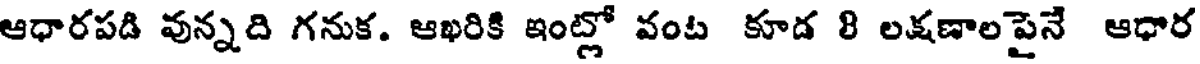
ఆధారపడి వున్నది గనుక. ఆఖరికి ఇంట్లో వంట కూడ 8 లక్షణాల పైనే ఆధార